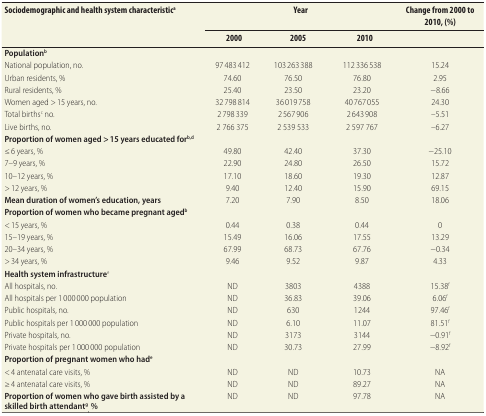
<table><thead><tr><td rowspan="2"><b>Sociodemographic and health system characteristic<sup>a</sup></b></td><td colspan="3"><b>Year</b></td><td><b>Change from 2000 to 2010, (%)</b></td></tr><tr><td><b>2000</b></td><td><b>2005</b></td><td><b>2010</b></td><td></td></tr></thead><tbody><tr><td><b>Population<sup>b</sup></b></td><td></td><td></td><td></td><td></td></tr><tr><td>National population, no.</td><td>97 483 412</td><td>103 263 388</td><td>112 336 538</td><td>15.24</td></tr><tr><td>Urban residents, %</td><td>74.60</td><td>76.50</td><td>76.80</td><td>2.95</td></tr><tr><td>Rural residents, %</td><td>25.40</td><td>23.50</td><td>23.20</td><td>−8.66</td></tr><tr><td>Women aged &gt; 15 years, no.</td><td>32 798 814</td><td>36 019 758</td><td>40 767 055</td><td>24.30</td></tr><tr><td>Total births<sup>c</sup> no.</td><td>2 798 339</td><td>2 567 906</td><td>2 643 908</td><td>–5.51</td></tr><tr><td>Live births, no.</td><td>2 766 375</td><td>2 539 533</td><td>2 597 767</td><td>–6.27</td></tr><tr><td><b>Proportion of women aged &gt; 15 years educated for<sup>b,d</sup></b></td><td></td><td></td><td></td><td></td></tr><tr><td>≤ 6 years, %</td><td>49.80</td><td>42.40</td><td>37.30</td><td>−25.10</td></tr><tr><td>7–9 years, %</td><td>22.90</td><td>24.80</td><td>26.50</td><td>15.72</td></tr><tr><td>10–12 years, %</td><td>17.10</td><td>18.60</td><td>19.30</td><td>12.87</td></tr><tr><td>&gt; 12 years, %</td><td>9.40</td><td>12.40</td><td>15.90</td><td>69.15</td></tr><tr><td><b>Mean duration of women’s education, years</b></td><td>7.20</td><td>7.90</td><td>8.50</td><td>18.06</td></tr><tr><td><b>Proportion of women who became pregnant aged<sup>b</sup></b></td><td></td><td></td><td></td><td></td></tr><tr><td>&lt; 15 years, %</td><td>0.44</td><td>0.38</td><td>0.44</td><td>0</td></tr><tr><td>15–19 years, %</td><td>15.49</td><td>16.06</td><td>17.55</td><td>13.29</td></tr><tr><td>20–34 years, %</td><td>67.99</td><td>68.73</td><td>67.76</td><td>−0.34</td></tr><tr><td>&gt; 34 years, %</td><td>9.46</td><td>9.52</td><td>9.87</td><td>4.33</td></tr><tr><td><b>Health system infrastructure</b><sup>e</sup></td><td></td><td></td><td></td><td></td></tr><tr><td>All hospitals, no.</td><td>ND</td><td>3803</td><td>4388</td><td>15.38<sup>f</sup></td></tr><tr><td>All hospitals per 1 000 000 population</td><td>ND</td><td>36.83</td><td>39.06</td><td>6.06<sup>f</sup></td></tr><tr><td>Public hospitals, no.</td><td>ND</td><td>630</td><td>1244</td><td>97.46<sup>f</sup></td></tr><tr><td>Public hospitals per 1 000 000 population</td><td>ND</td><td>6.10</td><td>11.07</td><td>81.51<sup>f</sup></td></tr><tr><td>Private hospitals, no.</td><td>ND</td><td>3173</td><td>3144</td><td>−0.91<sup>f</sup></td></tr><tr><td>Private hospitals per 1 000 000 population</td><td>ND</td><td>30.73</td><td>27.99</td><td>−8.92<sup>f</sup></td></tr><tr><td><b>Proportion of pregnant women who had<sup>e</sup></b></td><td></td><td></td><td></td><td></td></tr><tr><td>&lt; 4 antenatal care visits, %</td><td>ND</td><td>ND</td><td>10.73</td><td>NA</td></tr><tr><td>≥ 4 antenatal care visits, %</td><td>ND</td><td>ND</td><td>89.27</td><td>NA</td></tr><tr><td><b>Proportion of women who gave birth assisted by a skilled birth attendant<sup>g</sup><sub>,</sub> %</b></td><td>ND</td><td>ND</td><td>97.78</td><td>NA</td></tr></tbody></table>